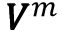
\pmb { V } ^ { m }